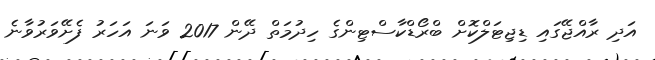
އަދި ރާއްޖޭގައި ޑިޖިޓަލްކޮށް ބްރޯޑްކާސްޓިންގެ ހިދުމަތް ދޭން 2017 ވަނަ އަހަރު ފެށޭވަރުވާނެ